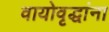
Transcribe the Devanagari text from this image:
वायोवृद्धांना